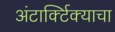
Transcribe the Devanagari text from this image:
अंटार्क्टिक्याचा